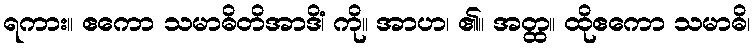
ရကား။ ဧကော သမာဓိတိအာဒိံ၊ ကို။ အာဟ၊ ၏။ အတ္ထ။ ထိုဧကော သမာဓိ၊